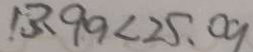
1 3 . 9 9 < 2 5 . 0 9